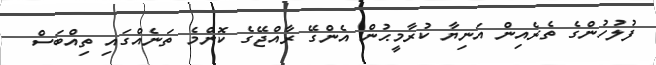
ފުލުހުންގެ ތެރެއިން އަނިޔާ ކުރާމީޙުން އެންގޭ ރާއްޖޭގެ ކޮންމެ ތަނެއްގައި ތިއްބަސް